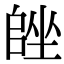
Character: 𡏩